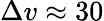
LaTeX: \Delta v\approx 30